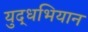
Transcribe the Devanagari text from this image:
युद्धभियान